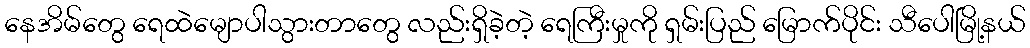
နေအိမ်တွေ ရေထဲမျောပါသွားတာတွေ လည်းရှိခဲ့တဲ့ ရေကြီးမှုကို ရှမ်းပြည် မြောက်ပိုင်း သီပေါမြို့နယ်